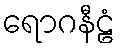
ရောဂနီဠံ